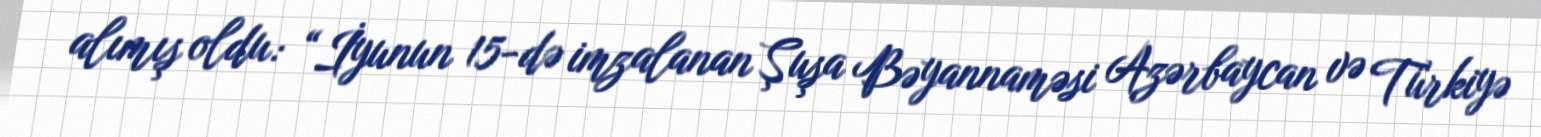
alımış oldu: “İyunun 15-də imzalanan Şuşa Bəyannaməsi Azərbaycan və Türkiyə